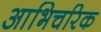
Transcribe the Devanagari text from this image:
आभिचरिक